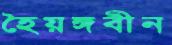
হৈয়ঙ্গবীন